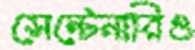
সেন্টেনারিও